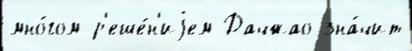
мно́гом р'еше́н'иjем Дачжао зна́чит